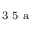
^ \textrm { \scriptsize 3 5 a }